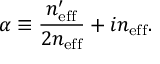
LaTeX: \alpha \equiv \frac { n _ { \mathrm { e f f } } ^ { \prime } } { 2 n _ { \mathrm { e f f } } } + i n _ { \mathrm { e f f } } .